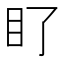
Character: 𭾙